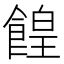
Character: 餭